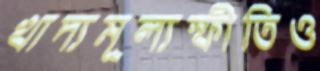
খাদ্যমূল্যস্ফীতিও